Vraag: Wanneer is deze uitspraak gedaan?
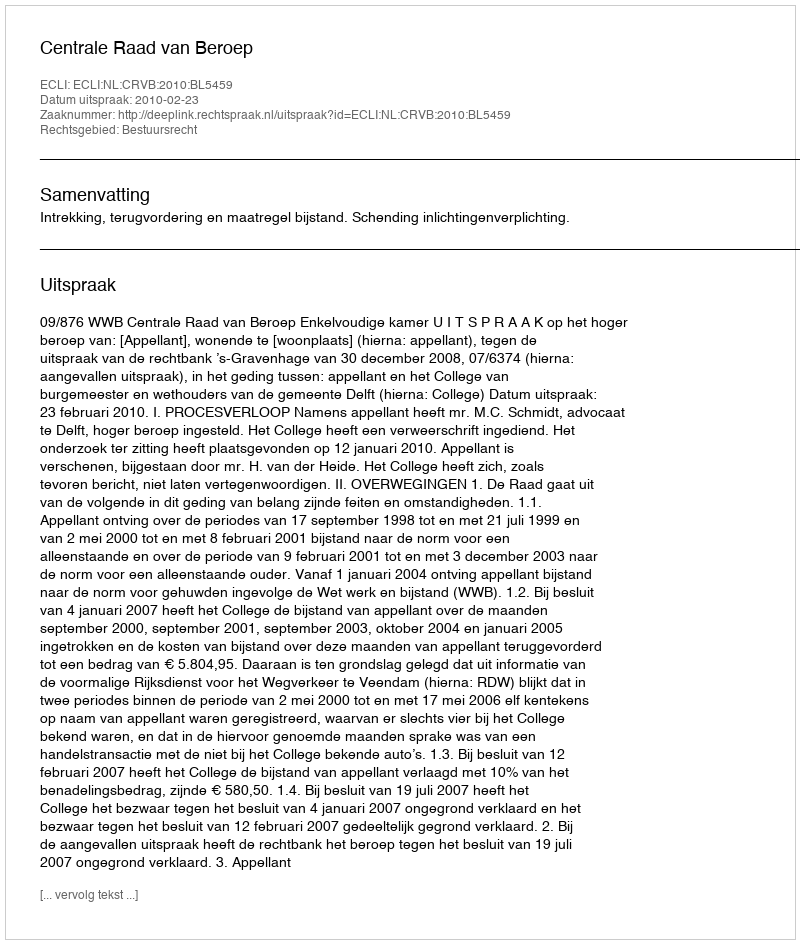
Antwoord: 2010-02-23